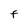
Character: F